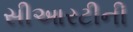
સીઆરટીની